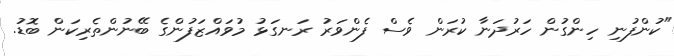
"ކުންފުނި ހިންގުން ހަރުދަނާ ކުރަން ވެސް ފެންވަރު ރަނގަޅު މުވައްޒަފުންގެ ބޭނުންތެރިކަން ބޮޑު.